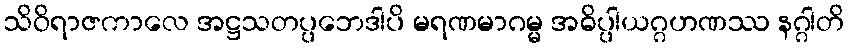
သိဝိရာဇကာလေ အဋ္ဌသတပ္ပဘေဒါပိ မရဏမာဂမ္မ အဓိပ္ပါယဂ္ဂဟဏဿ နဂ္ဂါတိ